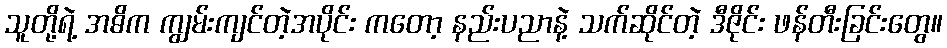
သူတို့ရဲ့ အဓိက ကျွမ်းကျင်တဲ့အပိုင်း ကတော့ နည်းပညာနဲ့ သက်ဆိုင်တဲ့ ဒီဇိုင်း ဖန်တီးခြင်းတွေ။